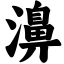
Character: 濞